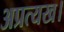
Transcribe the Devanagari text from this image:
अप्रत्यख।